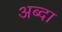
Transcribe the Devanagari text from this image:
अब्दा